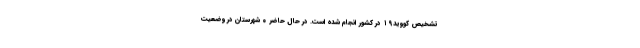
تشخیص کووید۱۹ در کشور انجام شده است. در حال حاضر ۰ شهرستان در وضعیت